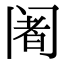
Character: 阇